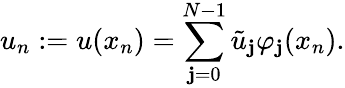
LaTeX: u_{n}:=u(x_{n})=\sum_{\mathbf{j}=0}^{N-1}\tilde{{u}}_{\mathbf{j}}\varphi_{\mathbf{j}}(x_{n}).